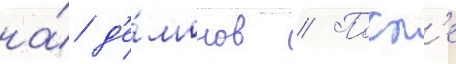
на́ д'е́монов // Посл'е